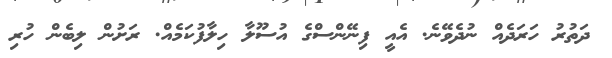
ދަތުރު ހަރަދެއް ނުދެވޭނެ. އެއީ ފިނޭންސްގެ އުސޫލާ ހިލާފުކަމެއް. ރަށުން ލިބެން ހުރި